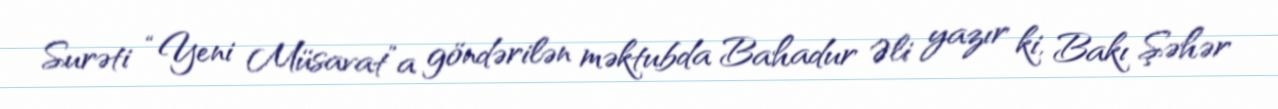
Surəti “Yeni Müsavat”a göndərilən məktubda Bahadur Əli yazır ki, Bakı Şəhər